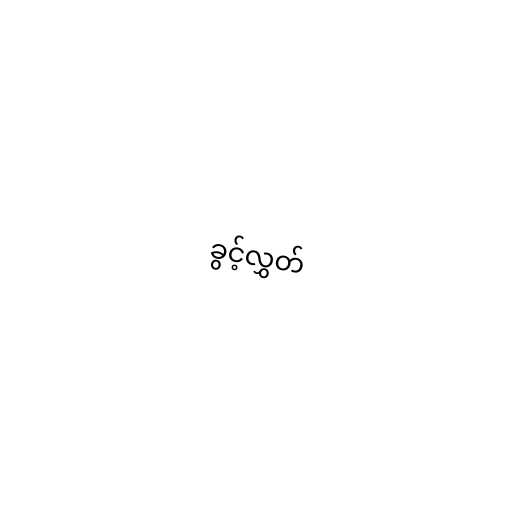
ခွင့်လွှတ်